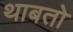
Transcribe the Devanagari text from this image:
थाबतो